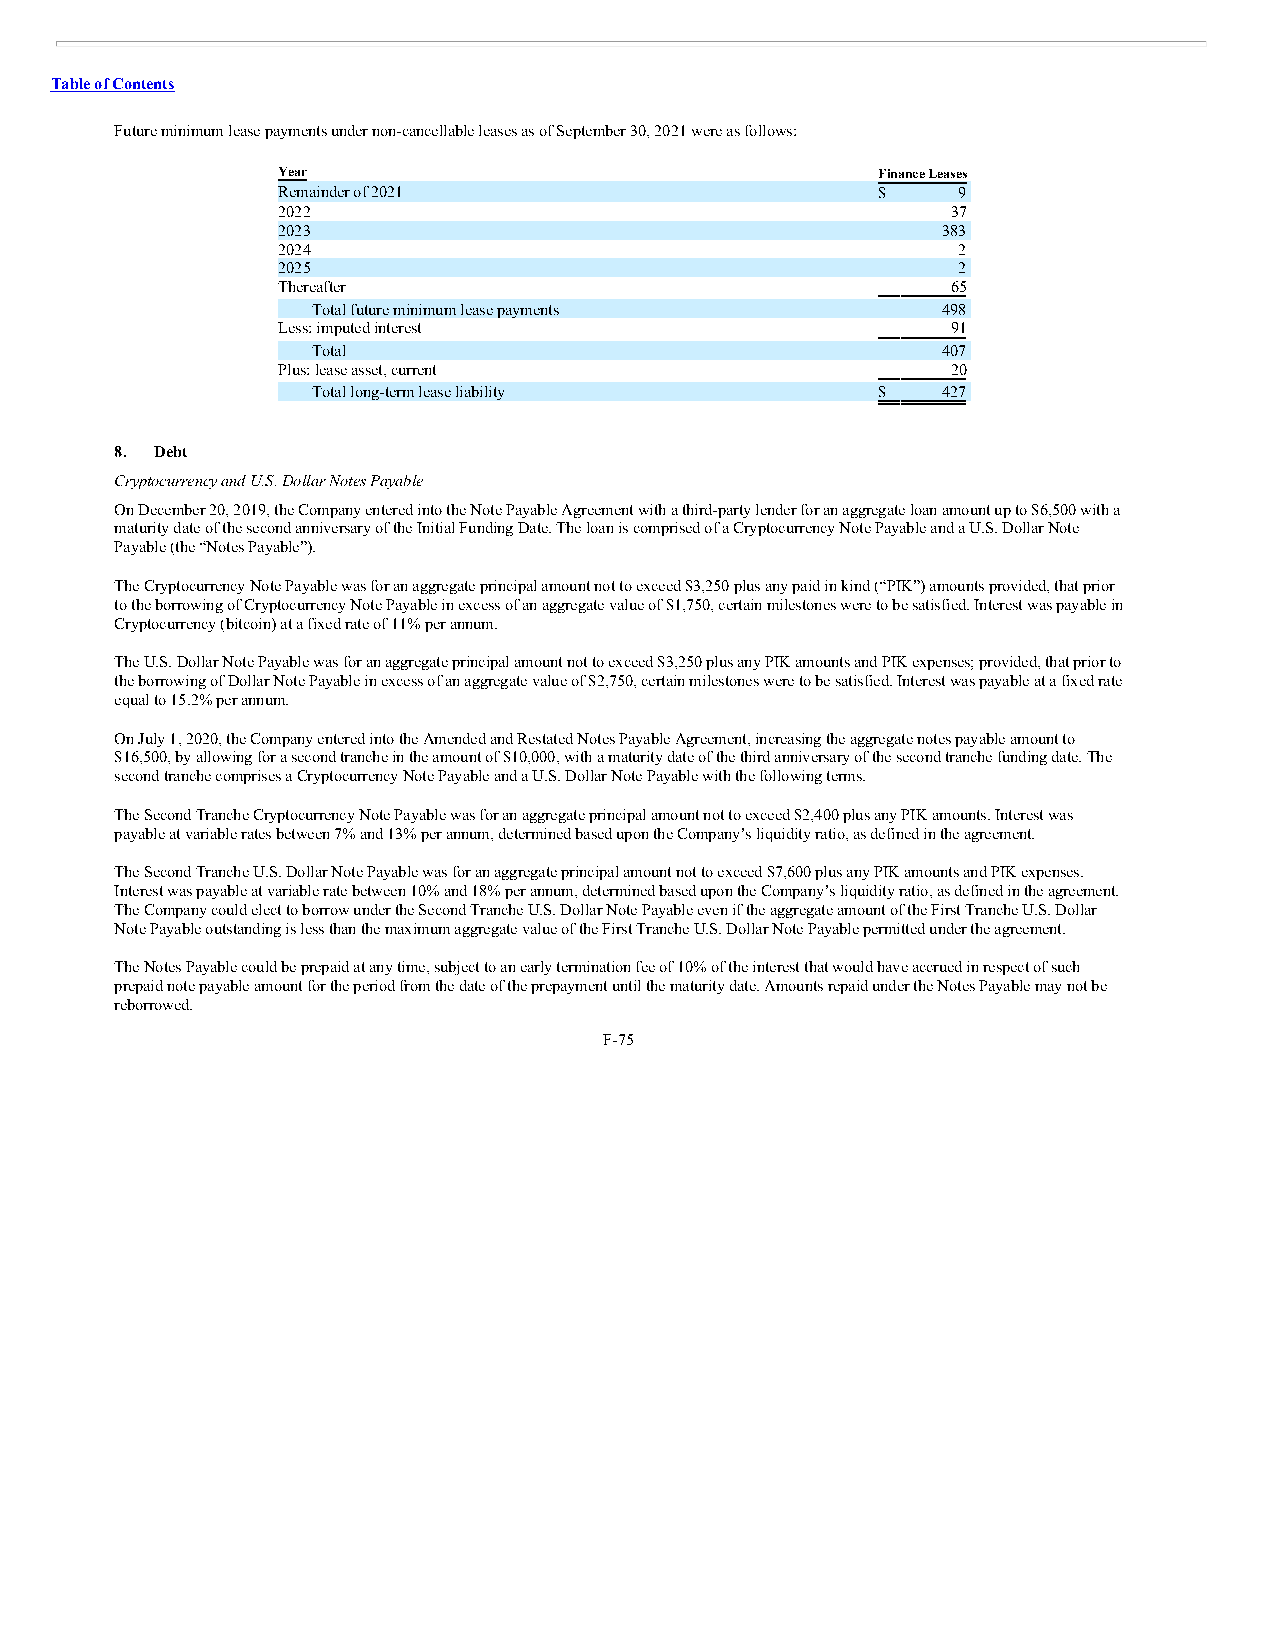
Table of Contents
 Future minimum lease payments under non-cancellable leases as of September 30, 2021 were as follows:
 Year                                    Finance Leases
 Remainder of 2021                       $    9
 2022                                         37
 2023                                        383
 2024                                         2
 2025                                         2
 Thereafter                                   65
 Total future minimum lease payments      498
 Less: imputed interest                       91
 Total                                    407
 Plus: lease asset, current                   20
 Total long-term lease liability      $   427
 8. Debt
 Cryptocurrency and U.S. Dollar Notes Payable
 On December 20, 2019, the Company entered into the Note Payable Agreement with a third-party lender for an aggregate loan amount up to $6,500 with a
 maturity date of the second anniversary of the Initial Funding Date. The loan is comprised of a Cryptocurrency Note Payable and a U.S. Dollar Note
 Payable (the “Notes Payable”).
 The Cryptocurrency Note Payable was for an aggregate principal amount not to exceed $3,250 plus any paid in kind (“PIK”) amounts provided, that prior
 to the borrowing of Cryptocurrency Note Payable in excess of an aggregate value of $1,750, certain milestones were to be satisfied. Interest was payable in
 Cryptocurrency (bitcoin) at a fixed rate of 11% per annum.
 The U.S. Dollar Note Payable was for an aggregate principal amount not to exceed $3,250 plus any PIK amounts and PIK expenses; provided, that prior to
 the borrowing of Dollar Note Payable in excess of an aggregate value of $2,750, certain milestones were to be satisfied. Interest was payable at a fixed rate
 equal to 15.2% per annum.
 On July 1, 2020, the Company entered into the Amended and Restated Notes Payable Agreement, increasing the aggregate notes payable amount to
 $16,500, by allowing for a second tranche in the amount of $10,000, with a maturity date of the third anniversary of the second tranche funding date. The
 second tranche comprises a Cryptocurrency Note Payable and a U.S. Dollar Note Payable with the following terms.
 The Second Tranche Cryptocurrency Note Payable was for an aggregate principal amount not to exceed $2,400 plus any PIK amounts. Interest was
 payable at variable rates between 7% and 13% per annum, determined based upon the Company’s liquidity ratio, as defined in the agreement.
 The Second Tranche U.S. Dollar Note Payable was for an aggregate principal amount not to exceed $7,600 plus any PIK amounts and PIK expenses.
 Interest was payable at variable rate between 10% and 18% per annum, determined based upon the Company’s liquidity ratio, as defined in the agreement.
 The Company could elect to borrow under the Second Tranche U.S. Dollar Note Payable even if the aggregate amount of the First Tranche U.S. Dollar
 Note Payable outstanding is less than the maximum aggregate value of the First Tranche U.S. Dollar Note Payable permitted under the agreement.
 The Notes Payable could be prepaid at any time, subject to an early termination fee of 10% of the interest that would have accrued in respect of such
 prepaid note payable amount for the period from the date of the prepayment until the maturity date. Amounts repaid under the Notes Payable may not be
 reborrowed.
 F-75